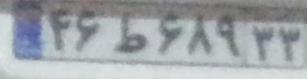
۴۶ط۶۸۹۳۳